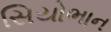
સિયોભાન